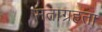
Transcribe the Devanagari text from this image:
मताग्रहता